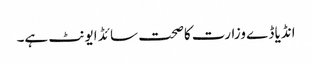
انڈیا ڈے وزارت کاصحت سائڈ ایونٹ ہے۔